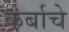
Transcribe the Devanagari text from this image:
कर्बाचे